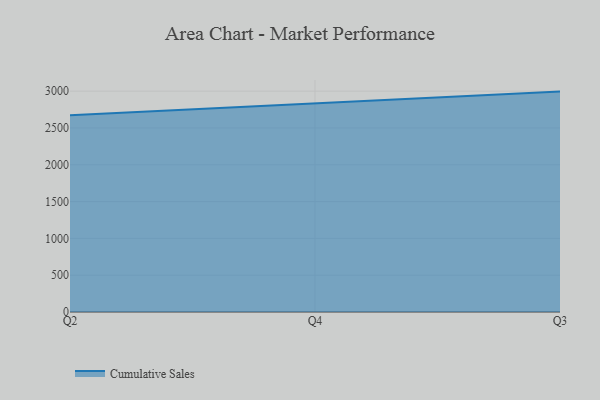
{"axis": {"x": "Quarter", "y": "Net Income (USD K)"}, "legend": ["Cumulative Sales"], "data": [{"x": "Q2", "y": 2671.5, "type": "Cumulative Sales"}, {"x": "Q4", "y": 2834.2, "type": "Cumulative Sales"}, {"x": "Q3", "y": 2993.9, "type": "Cumulative Sales"}]}